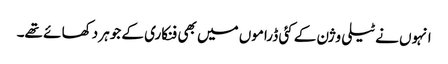
انہوں نے ٹیلی وژن کے کئی ڈراموں میں بھی فنکاری کے جوہر دکھا ئے تھے۔